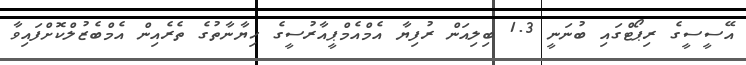
އޭސީސީގެ ރިޕޯޓްގައި ބުނަނީ 1.3 ބިލިއަން ރުފިޔާ އެމްއެމްޕީއާރުސީގެ ހިޔާނާތުގެ ތެރެއިން އެމްބެޒުލްކޮށްފައިވާ